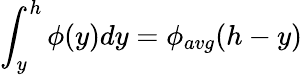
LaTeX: \int_{y}^{h}\phi(y)dy=\phi_{avg}(h-y)